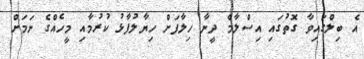
އެ ބިލްގައިވާ ގޮތުގައި އިސްލާމް ދީނާ ހިލާފަށް ހިޔާލުފާޅު ކުރުމާއި މީހެއްގެ ނަމަށް